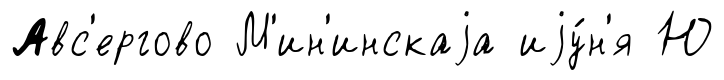
Авс'ергово М'ин'инскаjа иjу́н'я Ю